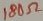
Text: 180Ω